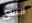
انسى